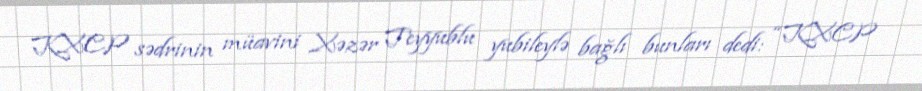
KXCP sədrinin müavini Xəzər Teyyublu yubileylə bağlı bunları dedi: “KXCP